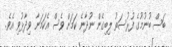
ބަސް ބުނުމުގެ ފުރުސަތު ލިބިގެން ނުދާނެ ކަމަށް ވެސް އެކަމަނާ ވިދާޅުވި އެވެ.